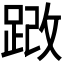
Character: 𫏍